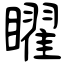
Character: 矅